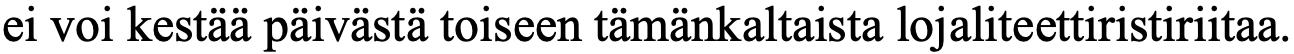
ei voi kestää päivästä toiseen tämänkaltaista lojaliteettiristiriitaa.